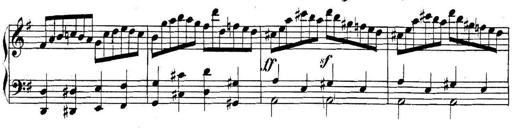
Title: Collected Piano Sonatas
Composer: Muzio Clementi